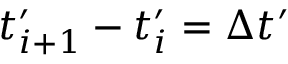
t _ { i + 1 } ^ { \prime } - t _ { i } ^ { \prime } = \Delta t ^ { \prime }